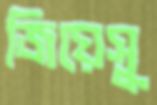
জিয়েসু